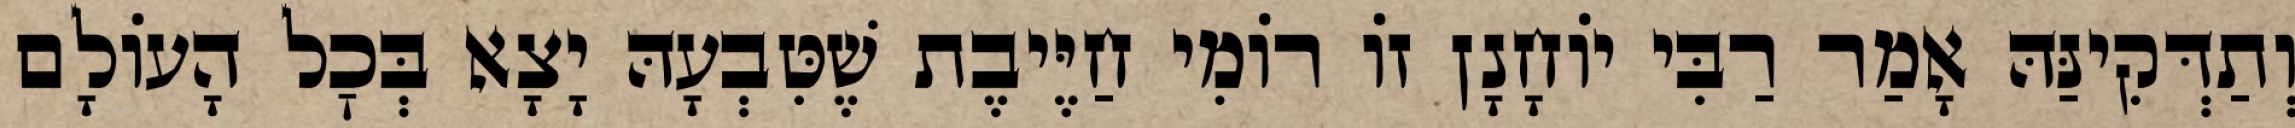
וְתַדְּקִינַּהּ אָמַר רַבִּי יוֹחָנָן זוֹ רוֹמִי חַיֶּיבֶת שֶׁטִּבְעָהּ יָצָא בְּכׇל הָעוֹלָם